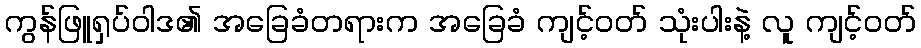
ကွန်ဖြူရှပ်ဝါဒ၏ အခြေခံတရားက အခြေခံ ကျင့်ဝတ် သုံးပါးနဲ့ လူ ကျင့်ဝတ်